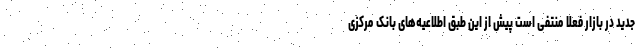
جدید در بازار فعلاً منتفی است پیش از این طبق اطلاعیه‌های بانک مرکزی